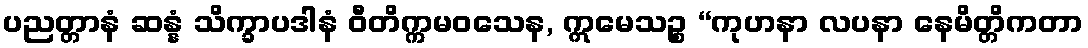
ပညတ္တာနံ ဆန္နံ သိက္ခာပဒါနံ ဝီတိက္ကမဝသေန, ဣမေသဉ္စ “ကုဟနာ လပနာ နေမိတ္တိကတာ